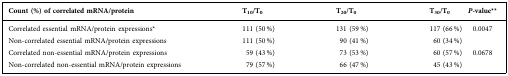
| Count (%) of correlated mRNA/protein | T10/T0 | T20/T0 | T30/T0 | P-value** |
 | --- | --- | --- | --- | --- |
 | Correlated essential mRNA/protein expressions* | 111 (50 %) | 131 (59 %) | 117 (66 %) | <ROWSPAN=2> 0.0047 |
 | Non-correlated essential mRNA/protein expressions | 111 (50 %) | 90 (41 %) | 60 (34 %) |
 | Correlated non-essential mRNA/protein expressions | 59 (43 %) | 73 (53 %) | 60 (57 %) | <ROWSPAN=2> 0.0678 |
 | Non-correlated non-essential mRNA/protein expressions | 79 (57 %) | 66 (47 %) | 45 (43 %) |